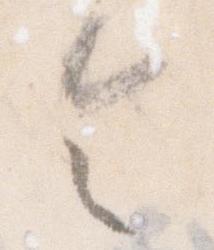
令